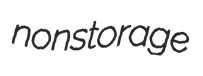
nonstorage